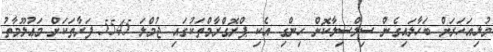
މުޅިއަހަރަށް ބަހާލައިގެން ސިލްސިލާކޮށް ހިންގި އެކި ޕްރޮގްރާމްތަކުގައި ޖުމްލަ 5545 ފަރާތަކަށް މަޢުލޫމާތު